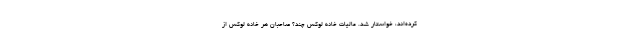
کرده‌اند، خواستار شد. مالیات خانه لوکس چند؟ صاحبان هر خانه لوکس از